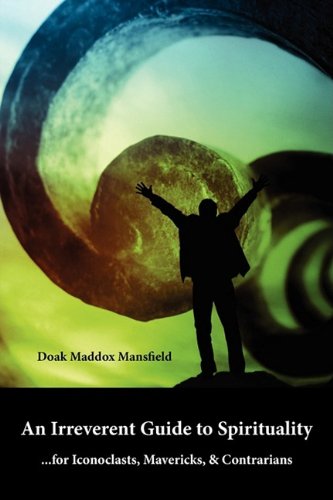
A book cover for An Irreverent Guide to Spirituality; Doak Maddox Mansfield; Religion & Spirituality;